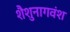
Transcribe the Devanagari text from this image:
शैशुनागवंश